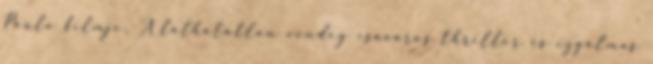
Paulo filmje, A láthatatlan vendég csavaros thriller és izgalmas